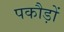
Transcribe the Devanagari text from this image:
पकौड़ों